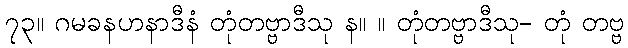
၇၃။ ဂမခနဟနာဒီနံ တုံတဗ္ဗာဒီသု န။ ။ တုံတဗ္ဗာဒီသု- တုံ တဗ္ဗ